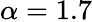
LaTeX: \alpha=1.7